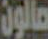
مالون